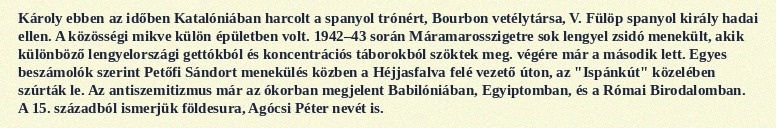
Károly ebben az időben Katalóniában harcolt a spanyol trónért, Bourbon vetélytársa, V. Fülöp spanyol király hadai ellen. A közösségi mikve külön épületben volt. 1942–43 során Máramarosszigetre sok lengyel zsidó menekült, akik különböző lengyelországi gettókból és koncentrációs táborokból szöktek meg. végére már a második lett. Egyes beszámolók szerint Petőfi Sándort menekülés közben a Héjjasfalva felé vezető úton, az "Ispánkút" közelében szúrták le. Az antiszemitizmus már az ókorban megjelent Babilóniában, Egyiptomban, és a Római Birodalomban. A 15. századból ismerjük földesura, Agócsi Péter nevét is.